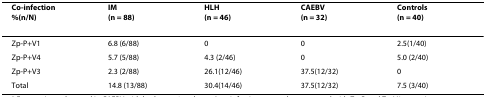
| Co-infection%(n/N) | IM(n = 88) | HLH(n = 46) | CAEBV(n = 32) | Controls(n = 40) |
 | --- | --- | --- | --- | --- |
 | Zp-P+V1 | 6.8 (6/88) | 0 | 0 | 2.5(1/40) |
 | Zp-P+V4 | 5.7 (5/88) | 4.3 (2/46) | 0 | 5.0 (2/40) |
 | Zp-P+V3 | 2.3 (2/88) | 26.1(12/46) | 37.5(12/32) | 0 |
 | Total | 14.8 (13/88) | 30.4(14/46) | 37.5(12/32) | 7.5 (3/40) |